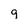
Character: 9